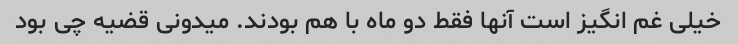
خیلی غم انگیز است آنها فقط دو ماه با هم بودند. میدونی قضیه چی بود